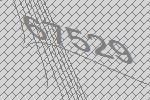
67529